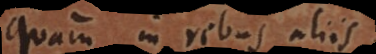
quam in rebus aliis.